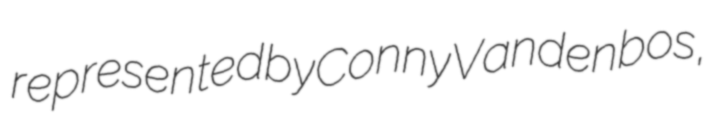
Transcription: represented by Conny Vandenbos,